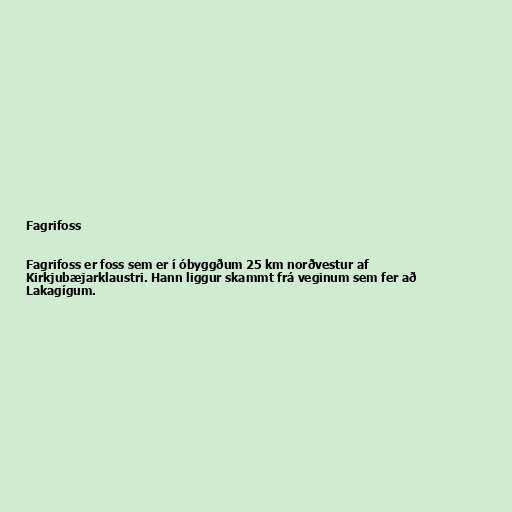
Fagrifoss

Fagrifoss er foss sem er í óbyggðum 25 km norðvestur af
Kirkjubæjarklaustri. Hann liggur skammt frá veginum sem fer að
Lakagígum.